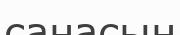
санасын